Indian Civil Veterinary Department memoirs
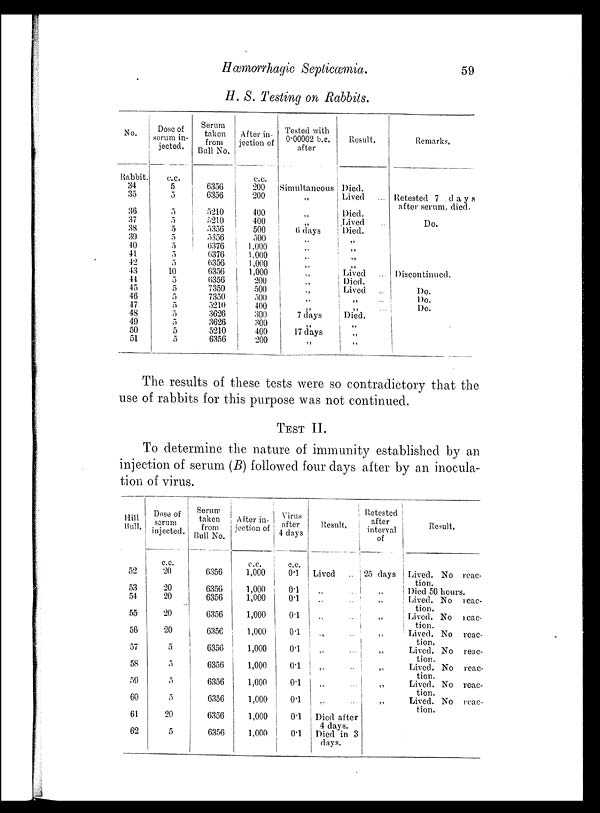
Hæmorrhagic
Septicæmia.
59
H. S. Testing
on
Rabbits.
No.
Rabbit.
34
35
36
37
38
39
40
41
42
43
44
45
46
47
48
49
50
51
Dose of
serum in-
jected.
c.c.
5
5
5
5
5
5
5
5
5
10
5
5
5
5
5
5
5
5
Serum
taken
from
Bull No.
6356
6356
5210
5210
5356
5356
6376
6376
6356
6356
6356
7350
7350
5210
3626
3626
5210
6356
After in-
jection of
c.c.
200
200
400
400
500
500
1,000
1,000
1,000
1,000
200
500
500
400
300
300
400
200
Tested with
0.00002 b.c.
after
Simultaneous
„
„
„
6 days
„
„
„
„
„
„
„
„
„
7 days
„
17 days
„
Result.
Died.
Lived ...
Died.
Lived ..
Died.
„
„
„
„
Lived ...
Died.
Lived
„ ...
„ ...
Died.
„
„
„
Remarks.
Retested 7 days
after serum, died.
Do.
Discontinued.
Do.
Do.
Do.
The results of these tests were so contradictory that the
use of rabbits for this purpose was not continued.
TEST
II.
To determine the nature of immunity established by an
injection of serum (B) followed four days after by an inocula-
tion of virus.
Hill
Bull.
52
53
54
55
56
57
58
59
60
61
62
Dose of
serum
injected.
c.c.
20
20
20
20
20
5
5
5
5
20
5
Serum
taken
from
Bull No.
6356
6356
6356
6356
6356
6356
6356
6356
6356
6356
6356
After in-
jection of
c.c.
1,000
1,000
1,000
1,000
1,000
1,000
1,000
1,000
1,000
1,000
1,000
Virus
after
4 days
c.c.
0.1
0.1
0.1
0.1
0.1
0.1
0.1
0.1
0.1
0.1
0.1
Result.
Lived
..
„ ...
„ ...
„ ...
„ ...
„ ...
„ ...
„ ...
„ ...
Died after
4 clays.
Died in 3
days.
Retested
after
interval
of
25 days
„
„
„
„
„
„
„
„
Result.
Lived. No reac-
tion.
Died 50 hours.
Lived. No reac-
tion.
Lived. No reac-
tion.
Lived. No reac-
tion.
Lived. No reac-
tion.
Lived. No reac-
tion.
Lived. No reac-
tion.
Lived. No reac-
tion.